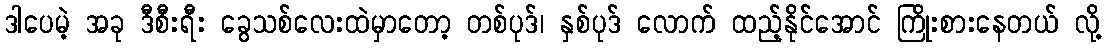
ဒါပေမဲ့ အခု ဒီစီးရီး ခွေသစ်လေးထဲမှာတော့ တစ်ပုဒ်၊ နှစ်ပုဒ် လောက် ထည့်နိုင်အောင် ကြိုးစားနေတယ် လို့